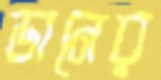
ডানের